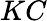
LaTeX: KC